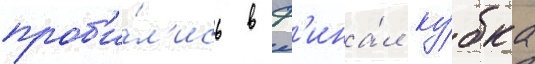
проб'и́л'ись в ф'ина́л ку́бка